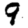
Digit: 9